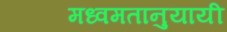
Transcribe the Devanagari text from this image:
मध्वमतानुयायी